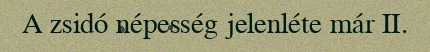
A zsidó népesség jelenléte már II.